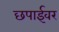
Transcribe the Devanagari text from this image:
छपाईवर